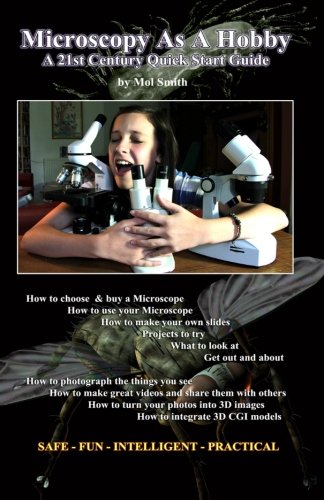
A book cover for Microscopy As A Hobby. A 21st Century Quick Start Guide; Mr Mol Smith; Science & Math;